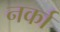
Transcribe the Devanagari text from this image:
नर्का